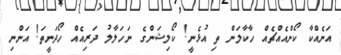
އަނެއްކާ ކޯންއެއްޗެއް ހާކާލަން ތި އުޅެނީ! ކޯލިޝަންގެ ނަހަލާލު ދަރިއެއް ހޯދަނީތަ! އަންނި